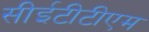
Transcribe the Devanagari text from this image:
सीईटीटीएम